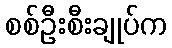
စစ်ဦးစီးချုပ်က